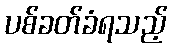
ပစ်ခတ်ခံရသည့်